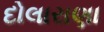
દોલારાણા